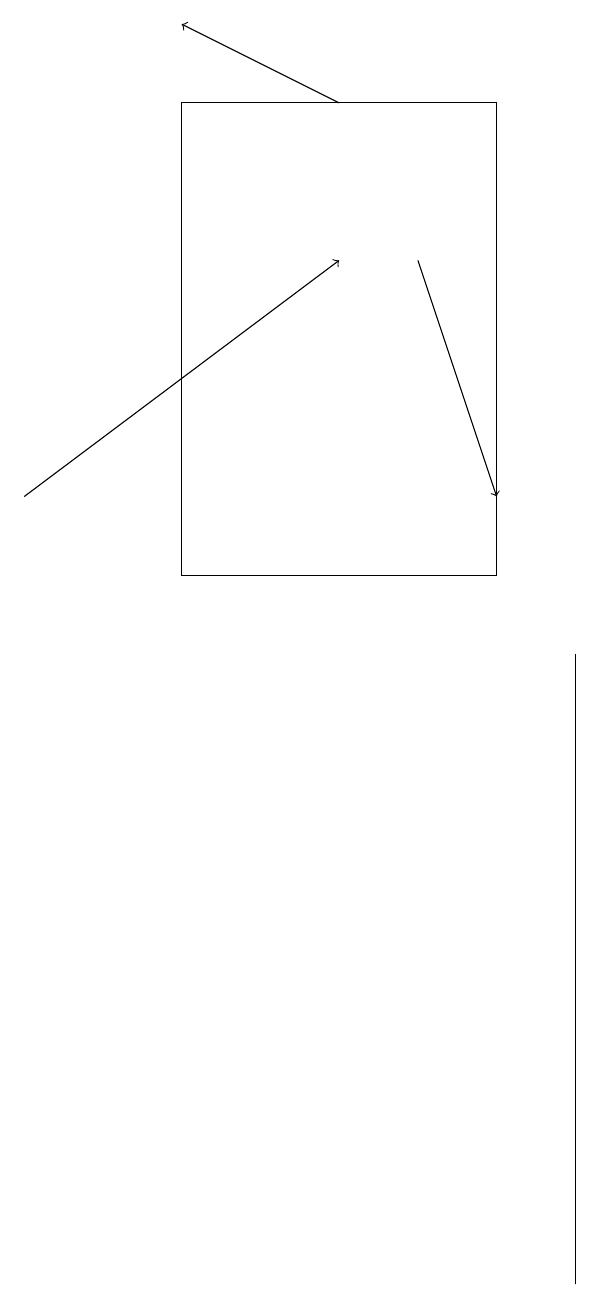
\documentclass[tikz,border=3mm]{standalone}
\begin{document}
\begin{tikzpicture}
\draw[->] (7,14) -- (8,11);
\draw (4,10) rectangle (8,16);
\draw[->] (6,16) -- (4,17);
\draw (9,6) -- (9,1) -- (9,9) -- cycle;
\draw[->] (2,11) -- (6,14);
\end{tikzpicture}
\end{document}